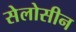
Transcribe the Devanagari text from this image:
सेलोसीन